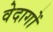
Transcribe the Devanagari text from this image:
वेदागों